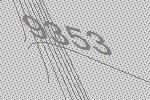
9353